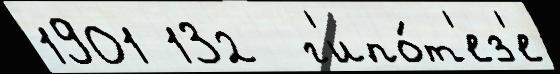
1901 132  г'ипо́т'ез'е